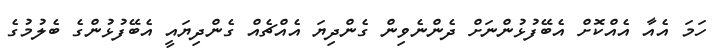
ހަމަ އެއާ އެއްކޮށް އެބޭފުޅުންނަށް ދެންނެވިން ގެންދިޔަ އެއްޗެއް ގެންދިޔައީ އެބޭފުޅުންގެ ބެލުމުގެ